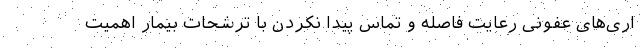
اری‌های عفونی رعایت فاصله و تماس پیدا نکردن با ترشحات بیمار اهمیت